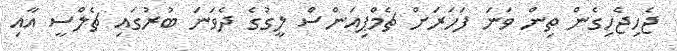
ޖެހިޖެހިގެން ތިން ވަނަ ފަހަރަށް ޗެމްޕިއަންސް ލީގުގެ ދެވަނަ ބުރުގައި ޗެލްސީ އާއި